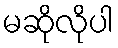
မဆိုလိုပါ